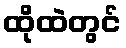
ထိုထဲတွင်